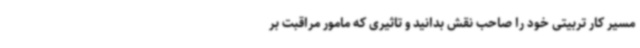
مسیر کار تربیتی خود را صاحب نقش بدانید و تاثیری که مامور مراقبت بر